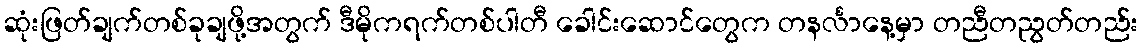
ဆုံးဖြတ်ချက်တစ်ခုချဖို့အတွက် ဒီမိုကရက်တစ်ပါတီ ခေါင်းဆောင်တွေက တနင်္လာနေ့မှာ တညီတညွတ်တည်း